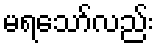
မရသော်လည်း